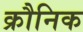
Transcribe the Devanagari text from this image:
क्रौनिक